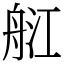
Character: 䑭